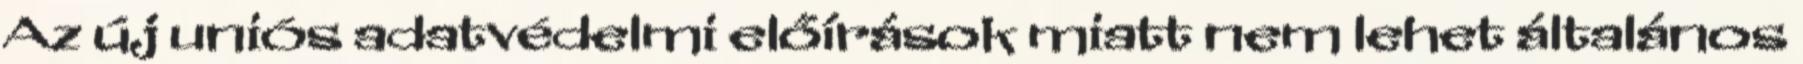
Az új uniós adatvédelmi előírások miatt nem lehet általános